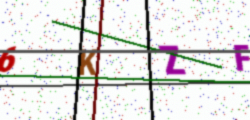
Text: 6KZF